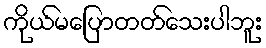
ကိုယ်မပြောတတ်သေးပါဘူး